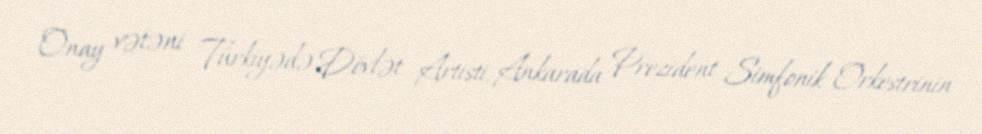
Onay vətəni Türkiyədə Dövlət Artisti, Ankarada Prezident Simfonik Orkestrinin